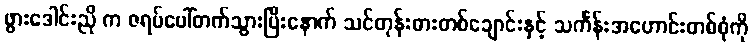
ဖွားဒေါင်းညို က ဇရပ်ပေါ်တက်သွားပြီးနောက် သင်တုန်းဓားတစ်ချောင်းနှင့် သင်္ကန်းအဟောင်းတစ်စုံကို